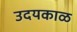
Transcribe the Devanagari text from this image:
उदयकाळ